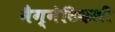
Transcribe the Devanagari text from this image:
मैग्नेटिकली